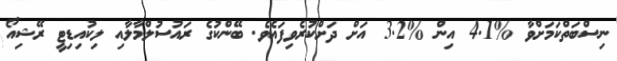
ނިސްބަތްކަމަށްވާ %4.1 އިން %3.2 އަށް ދަށްކުރެވިފައެވެ. ބޭންކުގެ ރައުސުލްމާލާއި ލިކުއިޑިޓީ ރޭޝިއޯ